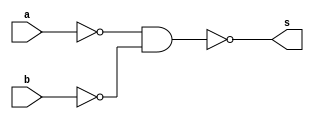
// Exemplo 01
// Nome: Bruno Rafael Nicolletti

module circuito (s, a, b);
 output s;
 input  a, b;
 wire s0, s1;
 
 nand NAND1 (s0, a, a);
 nand NAND2 (s1, b, b);
 nand NAND3 (s, s0, s1);
 
endmodule

module testcircuito;
 reg a, b;
 wire s;
 
 circuito CIRCUITO1 (s, a, b);
 
 initial begin
      $display("Exemplo 01 - Bruno Rafael Nicolletti - 380752");
      $display("Test Porta OR constituido com portas NAND");
      $display("\na | b = s");
  		$monitor("%b | %b = %b", a, b, s);
  	#1 a=0; b=0;
	#1 a=0; b=1; 
	#1 a=1; b=0;
	#1 a=1; b=1;
  end
 
endmodule

//  a | b = s
/*
    0 | 0 = 0
    0 | 1 = 1
    1 | 0 = 1
    1 | 1 = 1
*/
    // OBS.: SE POSSIVEL, EVITAR ESPACOS EM BRANCO NO NOME DE ARQUIVO.